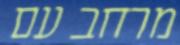
מרחב עם